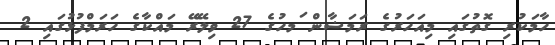
ހާމަކުރި ގޮތުގައި މިއަހަރުގެ ރަމަޟާން ަމހުގެ 27 ވިލޭރޭ މައްކާގެ ހަރަމްފުޅުގައި 2